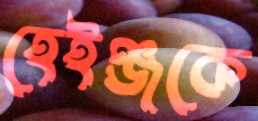
হেইঞ্জকে